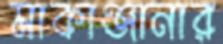
মাকাঞ্জানার